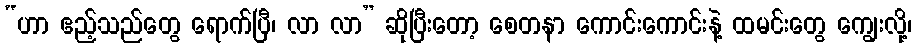
“ဟာ ဧည့်သည်တွေ ရောက်ပြီ၊ လာ လာ” ဆိုပြီးတော့ စေတနာ ကောင်းကောင်းနဲ့ ထမင်းတွေ ကျွေးလို့၊